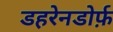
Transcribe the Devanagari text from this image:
डहरेनडोर्फ़